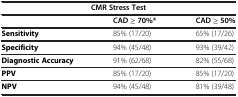
| <COLSPAN=3> CMR Stress Test |
 |  | CAD ≥ 70%* | CAD ≥ 50% |
 | --- | --- | --- |
 | Sensitivity | 85% (17/20) | 65% (17/26) |
 | Specificity | 94% (45/48) | 93% (39/42) |
 | Diagnostic Accuracy | 91% (62/68) | 82% (55/68) |
 | PPV | 85% (17/20) | 85% (17/20) |
 | NPV | 94% (45/48) | 81% (39/48) |